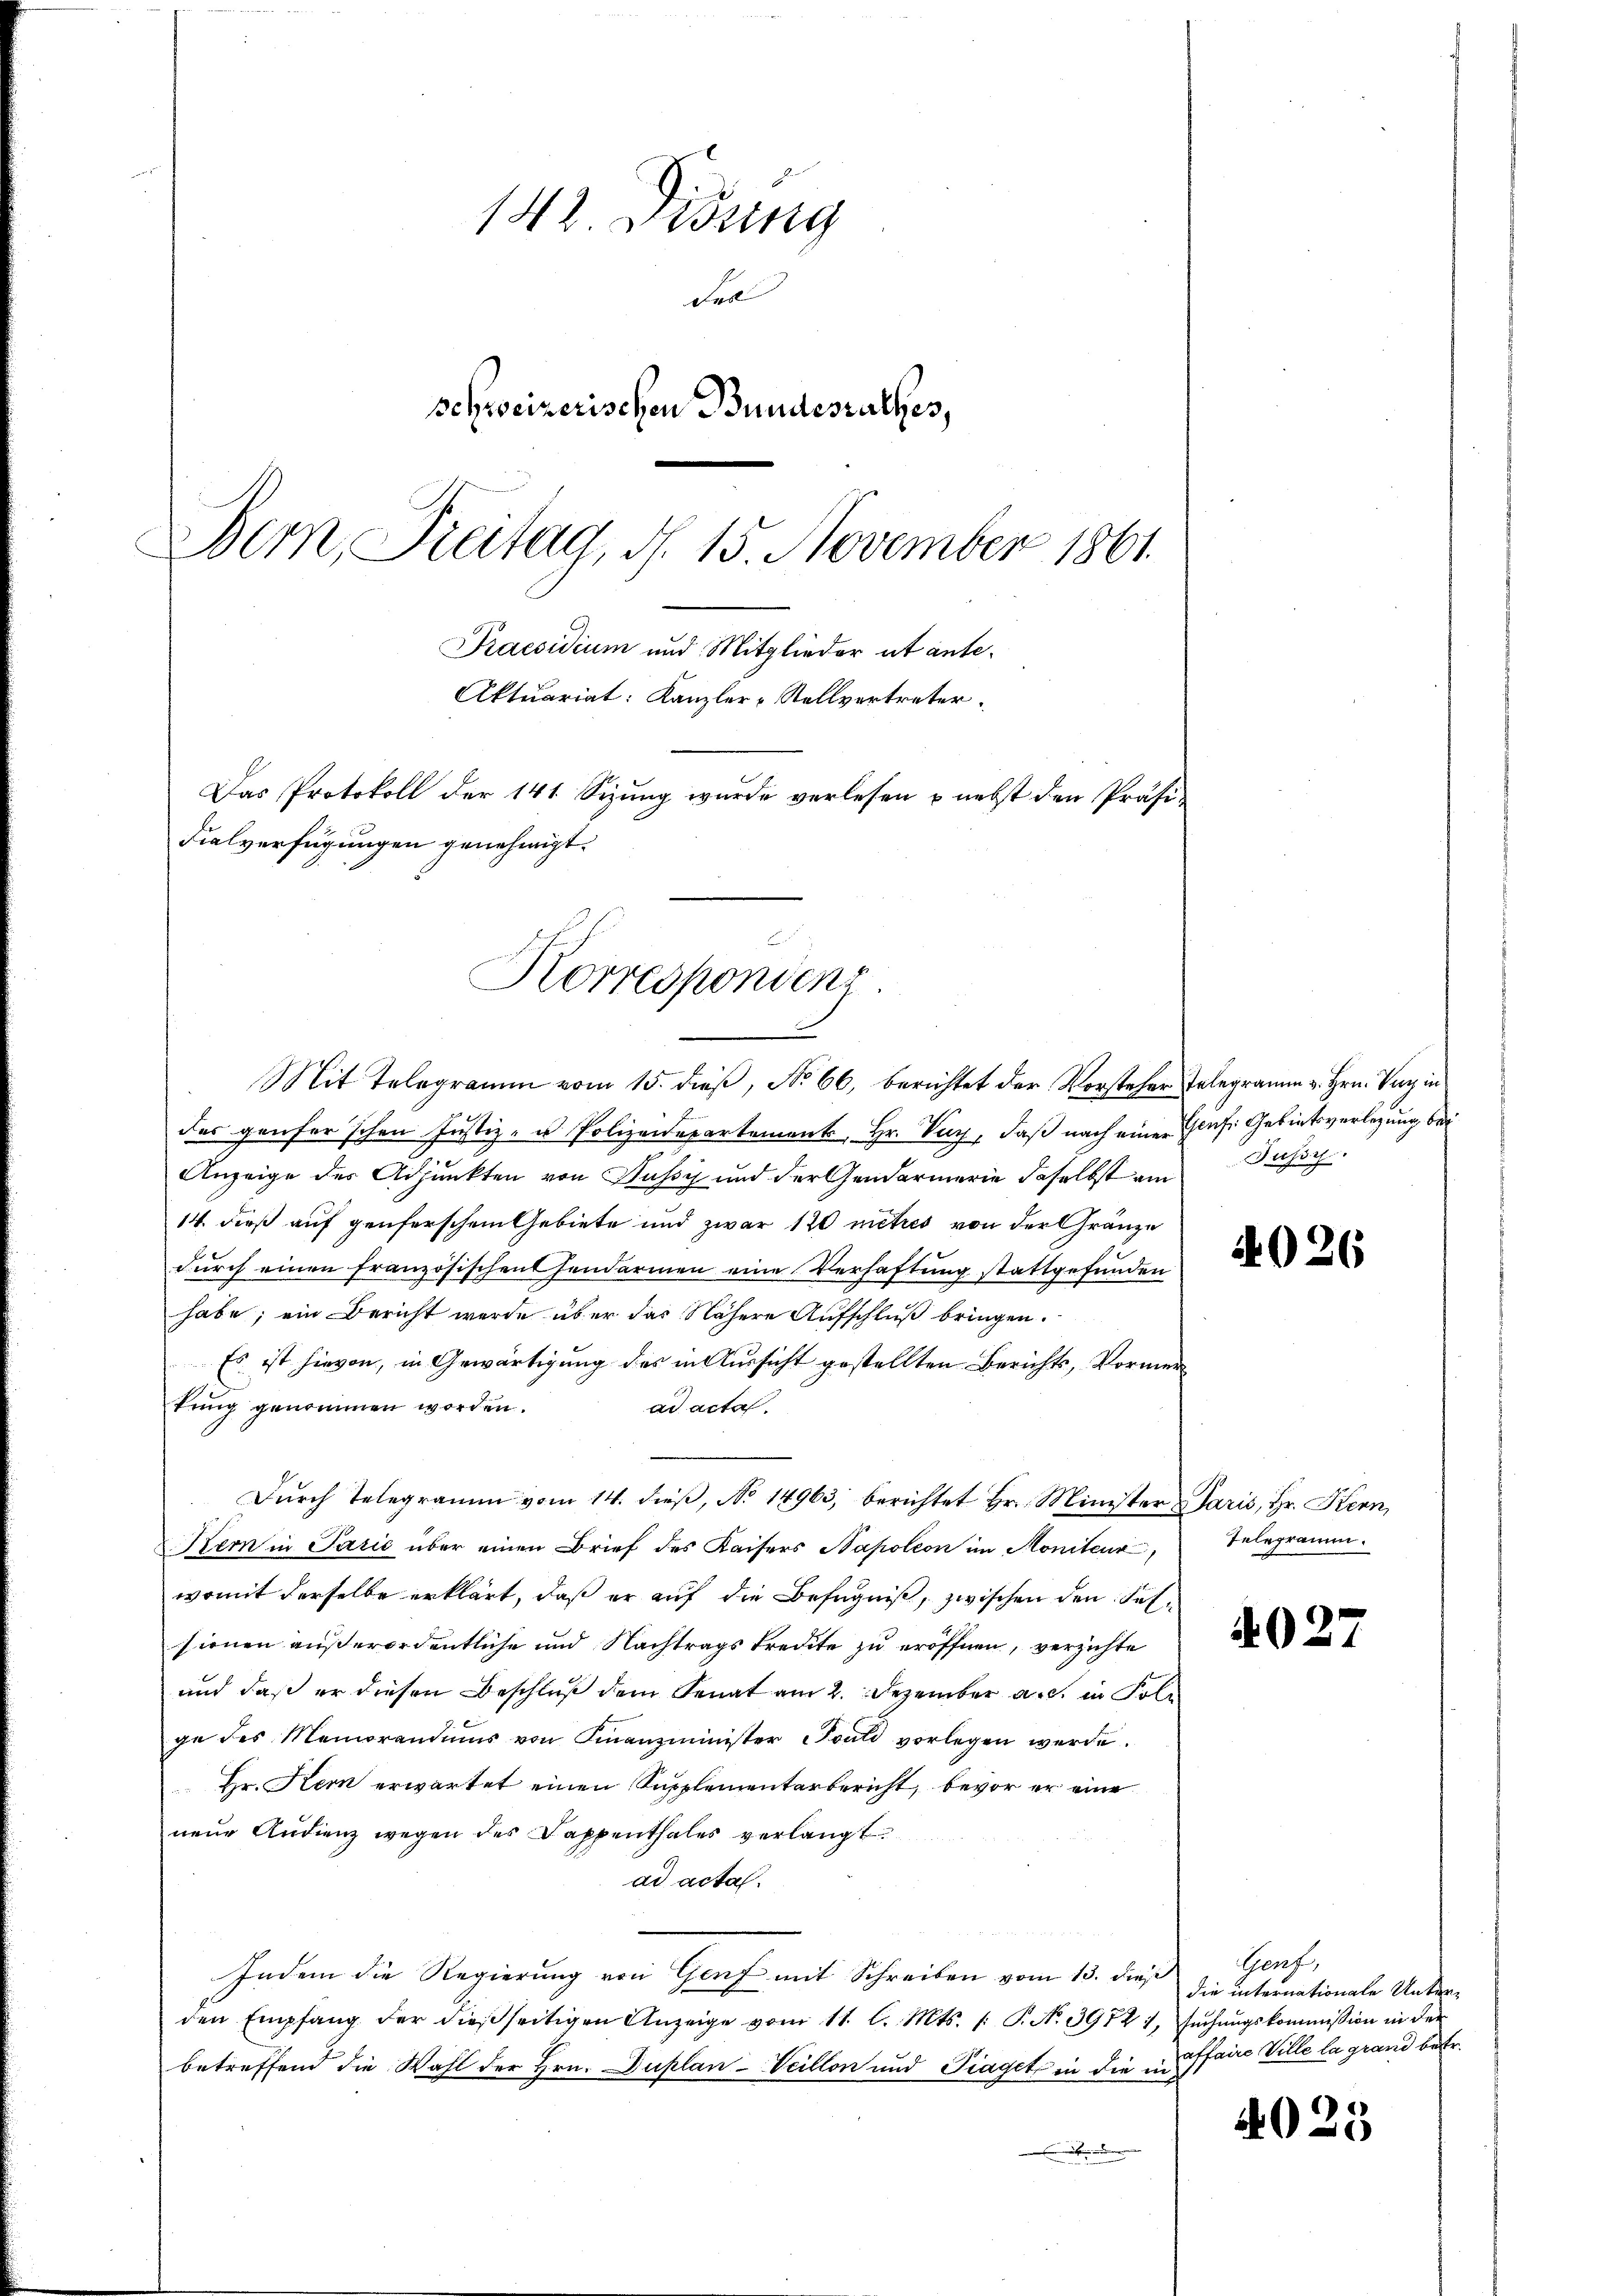
142. Disung
en
schweizerischen Bundesrathes,
Bern, Freitag, d. 15. November 1861.
Praesidium und Mitglieder ut ante¬
Aktuariat: Kanzler-Stellvertreter.
Das Protokoll der 141. Sizung wurde verlesen & nebst den Präsi¬
Fialverfügungen genehmigt.

Korrespondenz.
Mit Telegramm vom 15. dieβ, No 66, berichtet der Vorsteher Telegramm v. Hrn. Verzin

des genserschen Justiz- u Polizeidepartement, Hr. Vay, daß nach einer Glasi Gebietsverlegung bei
Anzeige des Adjunkten von Pusić und der Gendarmerie daselbst am
14. dieß auf genferschem Gebiete und zwar 170 mitres von der Gränze
durch einen französischen Hendarmen eine Verhaftung stattgefunden
habe; ein Bericht wurde über das Nähere Aufschluß bringen.
Es ist hievon, in Gewärtigung des in Aussicht gestellten Berichts, Vormertung genommen worden.
ad acta.
Durch Telegramm vom 14. dieß, No 14963, berichtet Hr. Minister Paris, Hr. Kern,
Kem in Parić über einen Brief des Kaisers Napoleon im Monitenz
womit derselbe erklärt, daß er auf die Befugniß, zwischen den Felsionen außerordentliche und Nachtragskredite zu eröffnen, verzichte
und daß er diesen Beschluß dem Senat am 2. Dezember a.c. in Folge des Memorandiŭms von Finanzminister Could vorlegen werde.
Hr. Kern erwartet einen Supplementarbericht, bevor er eine
neue Audienz wegen des Kappenthales verlangt.
ad acta.
Indem die Regierung von Genf mit Schreiben vom 13. dieß Genf,
den Empfang der dießseitigen Anzeige vom 11. l. Mts. f. P. No. 39721, suchungskommission in der
betreffend die Wahl der Hrn. Duplan-Veillon und Piaget, in die in
.

Jussy

4026

Telegramm.

4027

die internationale Unteraffaire Ville la grand betr.

4025